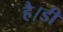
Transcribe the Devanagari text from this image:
है।डी